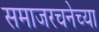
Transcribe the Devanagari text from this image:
समाजरचनेच्या